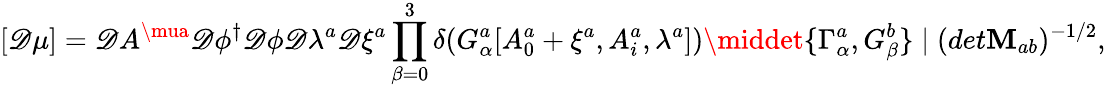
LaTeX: [{\cal\mathscr{D}}\mu]={\cal\mathscr{D}}A^{\mua}{\cal\mathscr{D}}\phi^{\dagger}{\cal\mathscr{D}}\phi{\cal\mathscr{D}}\lambda^{a}{\cal\mathscr{D}}\xi^{a}\prod_{\beta=0}^{3}\delta(G_{\alpha}^{a}[A_{0}^{a}+\xi^{a},A_{i}^{a},\lambda^{a}])\middet\{ \Gamma_{\alpha}^{a},G_{\beta}^{b}\} \mid(det\mathbf{M}_{ab})^{-1/2},